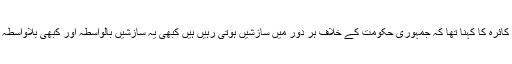
قمر زمان کائرہ کا کہنا تھا کہ جمہوری حکومت کے خلاف ہر دور میں سازشیں ہوتی رہیں ہیں کبھی یہ سازشیں بالواسطہ اور کبھی بلاواسطہ ہوتی ہیں ۔